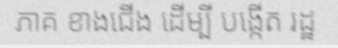
ភាគ ខាងជើង ដើម្បី បង្កើត រដ្ឋ